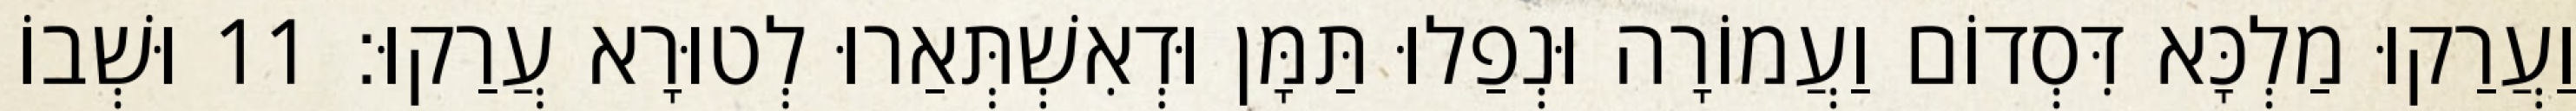
וַעֲרַקוּ מַלְכָּא דִּסְדוֹם וַעֲמוֹרָה וּנְפַלוּ תַּמָּן וּדְאִשְׁתְּאַרוּ לְטוּרָא עֲרַקוּ׃ 11 וּשְׁבוֹ